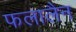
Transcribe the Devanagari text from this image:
फलालैन